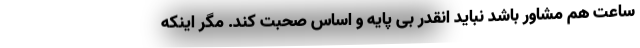
ساعت هم مشاور باشد نباید انقدر بی پایه و اساس صحبت کند. مگر اینکه